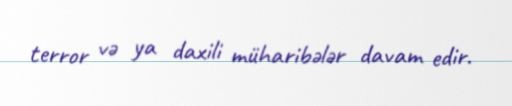
terror və ya daxili müharibələr davam edir.